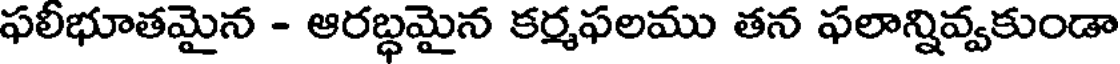
ఫలీభూతమైన - ఆరబ్ధమైన కర్మఫలము తన ఫలాన్నివ్వకుండా